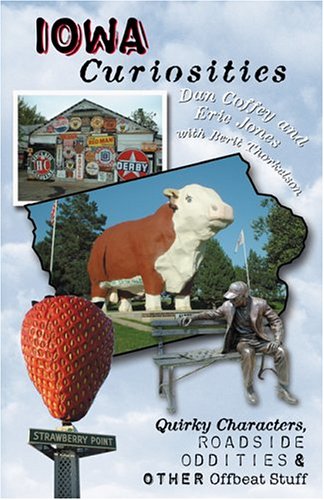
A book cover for Iowa Curiosities: Quirky Characters, Roadside Oddities & Other Offbeat Stuff (Curiosities Series); Dan Coffey; Travel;